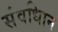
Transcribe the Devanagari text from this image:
संवधिान